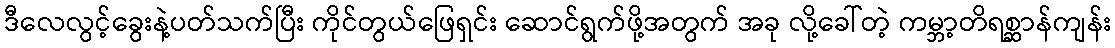
ဒီလေလွင့်ခွေးနဲ့ပတ်သက်ပြီး ကိုင်တွယ်ဖြေရှင်း ဆောင်ရွက်ဖို့အတွက် အခု လို့ခေါ်တဲ့ ကမ္ဘာ့တိရစ္ဆာန်ကျန်း